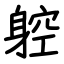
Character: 躻